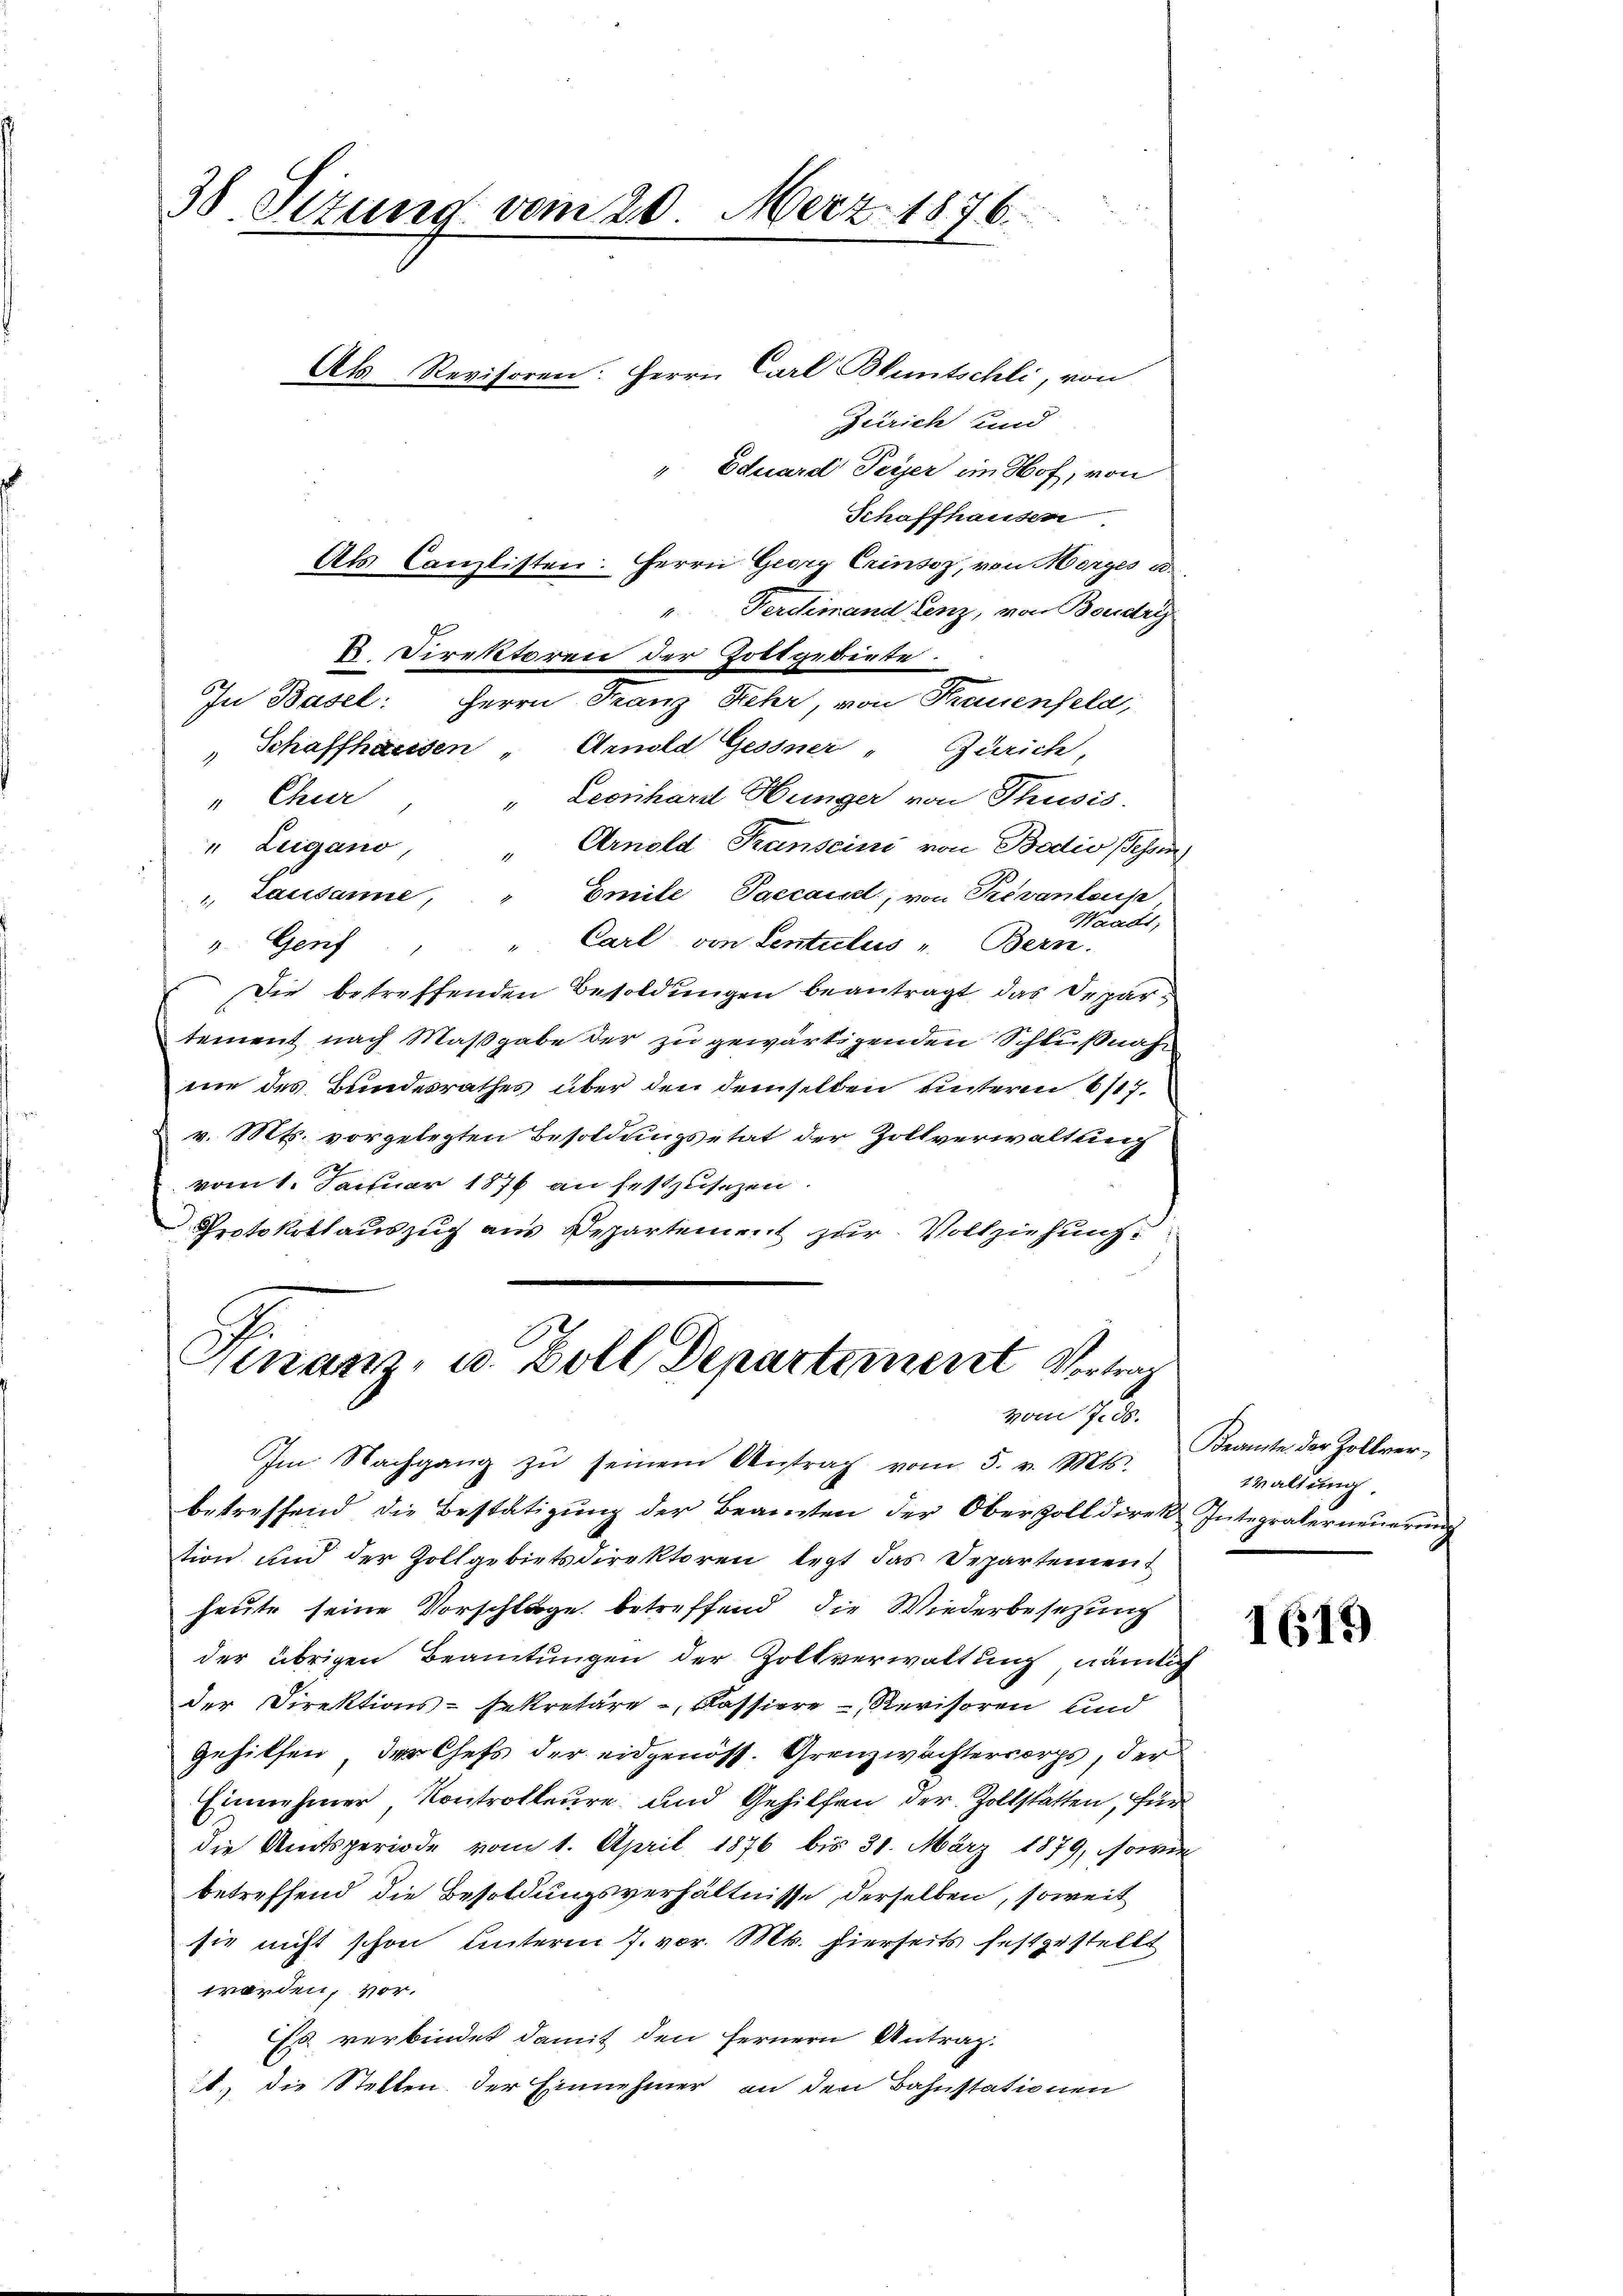
38. Sizung vom 20. März 1876.

Zürich und
" Eduard Peyer in Hof, von
Schaffhausen
Als Canzlisten. Herrn Georg Crinsoz, von Morges u.
". Ferdinand Lenz, von Boudry-
B. Direktoren der Zoltgebiete
In Basel: Herrn Franz Kehr, von Frauenfeld,
" Schaffhausen " Arnold Gessner " Zürich,
Leonhard Hunger von Thusis.
" Chur
Arnold Transcini von Bodio sehen
" Leigano,
Emite Paccand, von Prevantause
 Lausanne,
Waadt,
" Carl von Sentilus " Bern.
v. Genf
Die betreffenden Besoldungen beantragt, das Departement nach Maßgabe der zu gewärtigenden Schlußnah
in des Bundesrathes über den demselben unterm 6/17.
v. Mts. vorgelegten Besoldungsetat der Zollverwaltung
vom 1. Januar 1876 an festzusezen.
Protokollauszug aus Departement zur Vollziehung
Finanz, u. Zoll Departement Vertrag
vom 1. 20.
Im Nachgang zŭ seinem Antrag vom 5. v. Mts.
betreffend die Bestätigŭng der Beamten der Oberzolldirekt Integralerneŭerŭng
tion und der Zollgebietsdirektoren legt das Departement
heute seine Vorschläge betreffend die Wiederbesetzung
der übrigen Beamtungen der Zollverwaltung, nämlich
der Direktions-Sekretäre -, Kassiere - Revisoren und
gehilfen, der Chefs der eidgenöss. Grenzwachtersorgs, der
Einnehmer Kontrolleure und Gehilfen der Zollstatten, für
die Amtsperiode vom 1. April 1876 bis 31. März 1879, sowie
betreffend die Besoldungsverhältnisse derselben, soweit
sie nicht schon Unterm J. vor. Mt. hierseits festgestellt
worden, vor.
Es verbindet damit den fernern Antrag.
it., die Stellen der Einnehmer an den Bahnstationen

Als Revisoren: Herrn Carl Bluntschli, von

Beamte der Zollver¬
Wwaltung

1618)